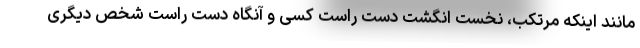
مانند اینکه مرتکب، نخست انگشت دست راست کسی و آنگاه دست راست شخص دیگری